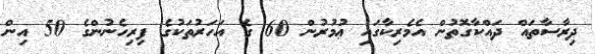
ދިރާސާތައް ދައްކާގޮތުން އެމެރިކާގައި ޢުމުރުން 60 ގެ އަހަރުތަކުގެ ފިރިހެނުންގެ 50 އިން